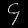
Digit: ၄